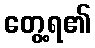
တွေ့ရ၏